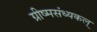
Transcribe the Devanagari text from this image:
ग्रीष्मसंध्यकल्